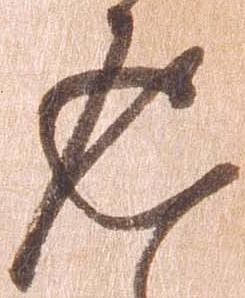
返